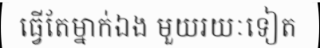
ធ្វើតែម្នាក់ឯង មួយរយៈទៀត